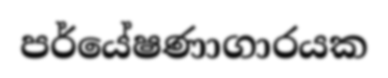
පර්යේෂණාගාරයක